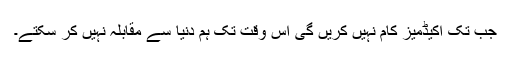
جب تک اکیڈمیز کام نہیں کریں گی اس وقت تک ہم دنیا سے مقابلہ نہیں کر سکتے۔